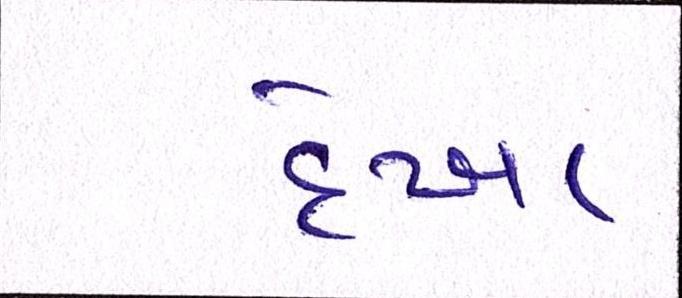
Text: દેખા